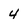
Character: 4